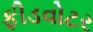
ફીડવોટર